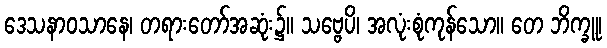
ဒေသနာဝသာနေ၊ တရားတော်အဆုံး၌။ သဗ္ဗေပိ၊ အလုံးစုံကုန်သော။ တေ ဘိက္ခူ၊